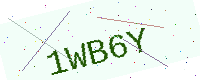
Text: 1WB6Y